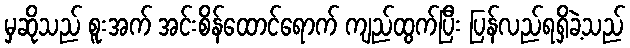
မှဆိုသည် စူးအက် အင်းစိန်ထောင်ရောက် ကျည်ထွက်ပြီး ပြန်လည်ရရှိခဲ့သည်